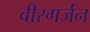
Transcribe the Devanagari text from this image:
वीरगर्जन